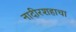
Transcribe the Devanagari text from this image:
नादीरशहाचा